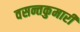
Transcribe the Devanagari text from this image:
वसन्तकुमारी